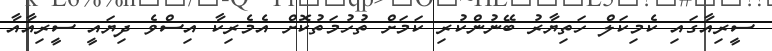
ސީރިއާގައި ކެމިކަލް ހަތިޔާރު ބޭނުންކުރި ކަމަށް ތުހުމަތުކޮށް އެމެރިކާ އިސްވެ ދިޔައީ ސީރިއާއާ